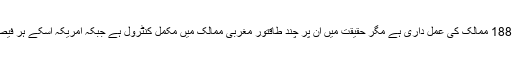
بظاہر ان دونوں اداروں کو188 ممالک کی عمل داری ہے مگر حقیقت میں ان پر چند طاقتور مغربی ممالک میں مکمل کنٹرول ہے جبکہ امریکہ اسکے ہر فیصلے کو ویٹو کر سکتا ہے۔